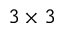
3 \times 3